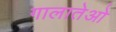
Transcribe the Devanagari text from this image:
गालातेओ